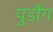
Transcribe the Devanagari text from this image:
पुडौंग